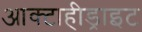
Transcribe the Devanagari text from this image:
आक्टाहीड्राइट